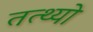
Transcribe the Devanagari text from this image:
तत्थ्यो